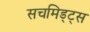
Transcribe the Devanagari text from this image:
सचमिड्ट्स